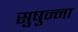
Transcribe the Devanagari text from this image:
सुषुन्ना